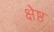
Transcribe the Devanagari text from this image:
क्षेष्ठ